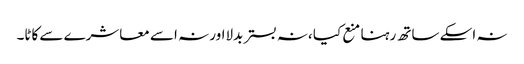
نہ اسکے ساتھ رہنا منع کیا ،نہ بستر بدلااور نہ اسے معاشرے سے کاٹا۔